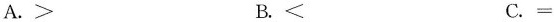
A.> B.< C. =